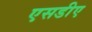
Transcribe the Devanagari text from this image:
एसडीए